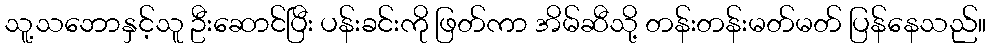
သူ့သဘောနှင့်သူ ဦးဆောင်ပြီး ပန်းခင်းကို ဖြတ်ကာ အိမ်ဆီသို့ တန်းတန်းမတ်မတ် ပြန်နေသည်။